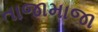
તાજામાજા